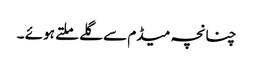
چنانچہ میڈم سے گلے ملتے ہوئے ۔